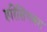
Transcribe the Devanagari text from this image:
हरिसिंगबरा